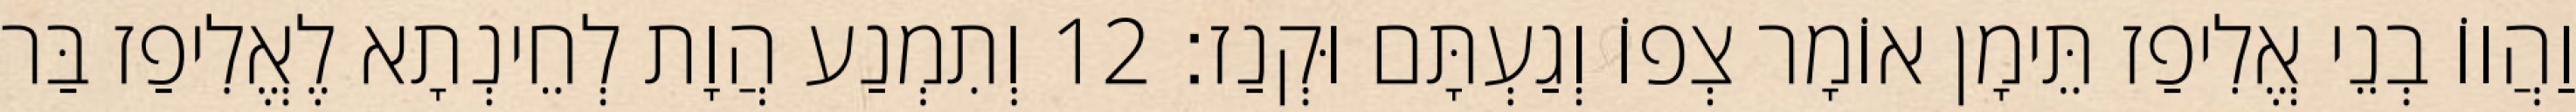
וַהֲווֹ בְנֵי אֱלִיפַז תֵּימָן אוֹמָר צְפוֹ וְגַעְתָּם וּקְנַז׃ 12 וְתִמְנַע הֲוָת לְחֵינְתָא לֶאֱלִיפַז בַּר